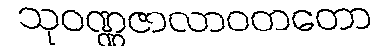
သုဝဏ္ဏဇာလာဝတတော